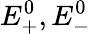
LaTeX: E_{+}^{0},E_{-}^{0}